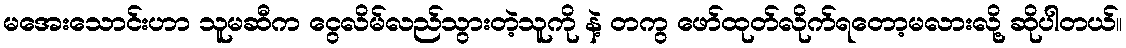
မအေးသောင်းဟာ သူမဆီက ငွေလိမ်လည်သွားတဲ့သူကို နဲ့ တကွ ဖော်ထုတ်လိုက်ရတော့မလားလို့ ဆိုပါတယ်။